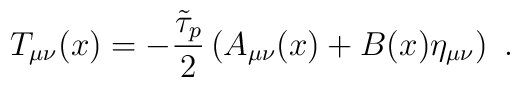
T_{\mu\nu}(x)=-\frac{\tilde\tau_p}{2}\left(A_{\mu\nu}(x)+B(x)\eta_{\mu\nu}\right) \ .